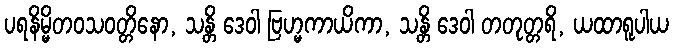
ပရနိမ္မိတဝသဝတ္တိနော, သန္တိ ဒေဝါ ဗြဟ္မကာယိကာ, သန္တိ ဒေဝါ တတုတ္တရိ, ယထာရူပါယ